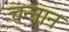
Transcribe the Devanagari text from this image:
चन्नान